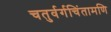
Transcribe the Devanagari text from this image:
चतुर्वर्गचिंतामणि